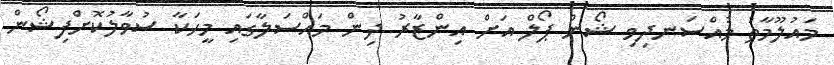
މައުލޫމާތު މުއްސަނދިވި ޝޯން ޕޯލް އަށް އިންޒާރު ދިން މައްސަލާގައި މީހަކާ ސުވާލުކޮށްފިޝޯން